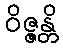
ဝိဇ္ဇန္တိ